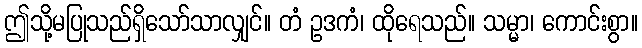
ဤသို့မပြုသည်ရှိသော်သာလျှင်။ တံ ဥဒကံ၊ ထိုရေသည်။ သမ္မာ၊ ကောင်းစွာ။